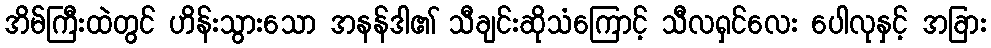
အိမ်ကြီးထဲတွင် ဟိန်းသွားသော အနန်ဒါ၏ သီချင်းဆိုသံကြောင့် သီလရှင်လေး ပေါလုနှင့် အခြား